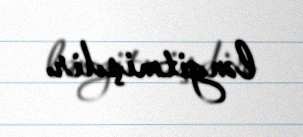
ləngitmişdir.